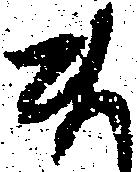
ま